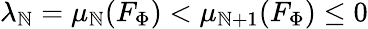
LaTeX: \lambda_{\mathbb{N}}=\mu_{\mathbb{N}}(F_{\Phi})<\mu_{\mathbb{N}+1}(F_{\Phi})\le0